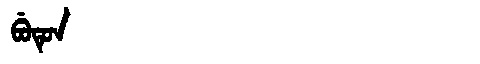
Manchu: ᠪᡠᡨᡠᠨ
Romanization: BUTUN